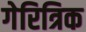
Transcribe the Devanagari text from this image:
गेरित्रिक